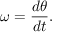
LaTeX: \omega = { \frac { d \theta } { d t } } .